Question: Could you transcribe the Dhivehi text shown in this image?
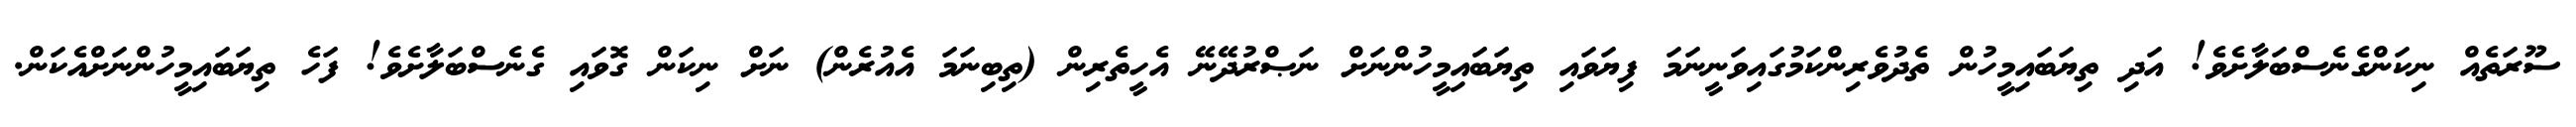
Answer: ސޫރަތެއް ނިކަންގެނެސްބަލާށެވެ! އަދި ތިޔަބައިމީހުން ތެދުވެރިންކަމުގައިވަނީނަމަ ފިޔަވައި ތިޔަބައިމީހުންނަށް ނަޞްރުދޭނޭ އެހީތެރިން (ތިބިނަމަ އެއުރެން) ނަށް ނިކަން ގޮވައި ގެނެސްބަލާށެވެ! ފަހެ ތިޔަބައިމީހުންނަށްއެކަން.